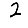
Digit: 2